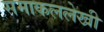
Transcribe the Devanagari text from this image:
समाकललेखी